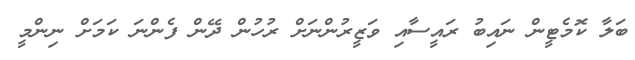
ބަލާ ކޮމެޓީން ނައިބު ރައީސާއި ވަޒީރުންނަށް ރުހުން ދޭން ފެންނަ ކަމަށް ނިންމީ